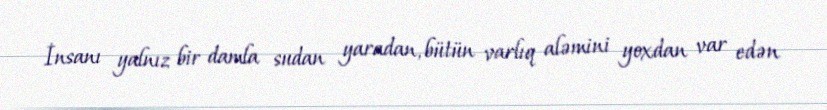
İnsanı yalnız bir damla sudan yaradan, bütün varlıq aləmini yoxdan var edən